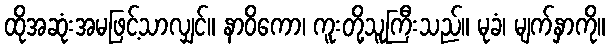
ထိုအဆုံးအမဖြင့်သာလျှင်။ နာဝိကော၊ ကူးတို့သူကြီးသည်။ မုခံ၊ မျက်နှာကို။